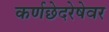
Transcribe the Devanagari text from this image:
कर्णछेदरेषेवर